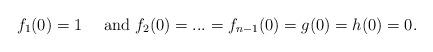
LaTeX: \begin{align*}f_1(0)=1 \quad\mbox{ and }f_2(0)=...=f_{n-1}(0)=g(0)=h(0)=0.\end{align*}